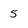
Character: 5